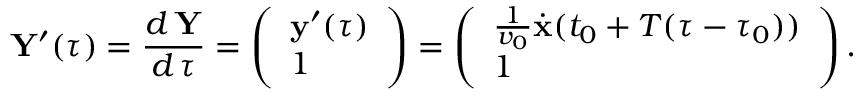
{ \mathbf Y } ^ { \prime } ( \tau ) = \frac { d \, { \mathbf Y } } { d \, \tau } = \left( \begin{array} { l } { { \mathbf y } ^ { \prime } ( \tau ) } \\ { 1 } \end{array} \right) = \left( \begin{array} { l } { \frac { 1 } { v _ { 0 } } \dot { { \mathbf x } } ( t _ { 0 } + T ( \tau - \tau _ { 0 } ) ) } \\ { 1 } \end{array} \right) .